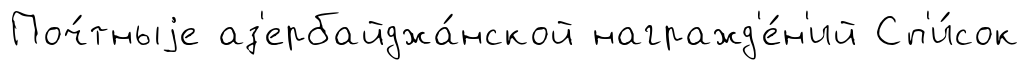
Поч́тныjе аз'ербайджа́нской награжд'е́н'ий Сп'и́сок